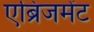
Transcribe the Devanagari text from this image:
एब्रिजमेंट